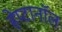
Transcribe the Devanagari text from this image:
हेप्टानॉल